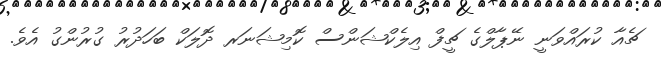
ޗެއާ ކުރައްވަނީ ނޭޕާލްގެ ޗީފް އިލެކްޝަންސް ކޮމިޝަނަރ ދޮލަކް ބަހަދުރު ގުރުންގު އެވެ.